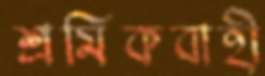
শ্রমিকবাহী